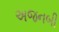
અજનબી